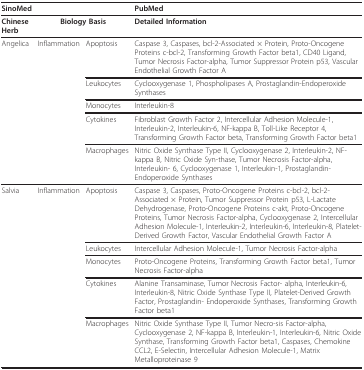
| SinoMed |  |  | PubMed |
 | --- | --- | --- | --- |
 | Chinese Herb | <COLSPAN=2> Biology Basis | Detailed Information |
 | Angelica | Inflammation | Apoptosis | Caspase 3, Caspases, bcl-2-Associated × Protein, Proto-Oncogene Proteins c-bcl-2, Transforming Growth Factor beta1, CD40 Ligand, Tumor Necrosis Factor-alpha, Tumor Suppressor Protein p53, Vascular Endothelial Growth Factor A |
 |  |  | Leukocytes | Cyclooxygenase 1, Phospholipases A, Prostaglandin-Endoperoxide Synthases |
 |  |  | Monocytes | Interleukin-8 |
 |  |  | Cytokines | Fibroblast Growth Factor 2, Intercellular Adhesion Molecule-1, Interleukin-2, Interleukin-6, NF-kappa B, Toll-Like Receptor 4, Transforming Growth Factor beta, Transforming Growth Factor beta1 |
 |  |  | Macrophages | Nitric Oxide Synthase Type II, Cyclooxygenase 2, Interleukin-2, NF-kappa B, Nitric Oxide Syn-thase, Tumor Necrosis Factor-alpha, Interleukin- 6, Cyclooxygenase 1, Interleukin-1, Prostaglandin- Endoperoxide Synthases |
 | Salvia | Inflammation | Apoptosis | Caspase 3, Caspases, Proto-Oncogene Proteins c-bcl-2, bcl-2-Associated × Protein, Tumor Suppressor Protein p53, L-Lactate Dehydrogenase, Proto-Oncogene Proteins c-akt, Proto-Oncogene Proteins, Tumor Necrosis Factor-alpha, Cyclooxygenase 2, Intercellular Adhesion Molecule-1, Interleukin-2, Interleukin-6, Interleukin-8, Platelet-Derived Growth Factor, Vascular Endothelial Growth Factor A |
 |  |  | Leukocytes | Intercellular Adhesion Molecule-1, Tumor Necrosis Factor-alpha |
 |  |  | Monocytes | Proto-Oncogene Proteins, Transforming Growth Factor beta1, Tumor Necrosis Factor-alpha |
 |  |  | Cytokines | Alanine Transaminase, Tumor Necrosis Factor- alpha, Interleukin-6, Interleukin-8, Nitric Oxide Synthase Type II, Platelet-Derived Growth Factor, Prostaglandin- Endoperoxide Synthases, Transforming Growth Factor beta1 |
 |  |  | Macrophages | Nitric Oxide Synthase Type II, Tumor Necro-sis Factor-alpha, Cyclooxygenase 2, NF-kappa B, Interleukin-1, Interleukin-6, Nitric Oxide Synthase, Transforming Growth Factor beta1, Caspases, Chemokine CCL2, E-Selectin, Intercellular Adhesion Molecule-1, Matrix Metalloproteinase 9 |